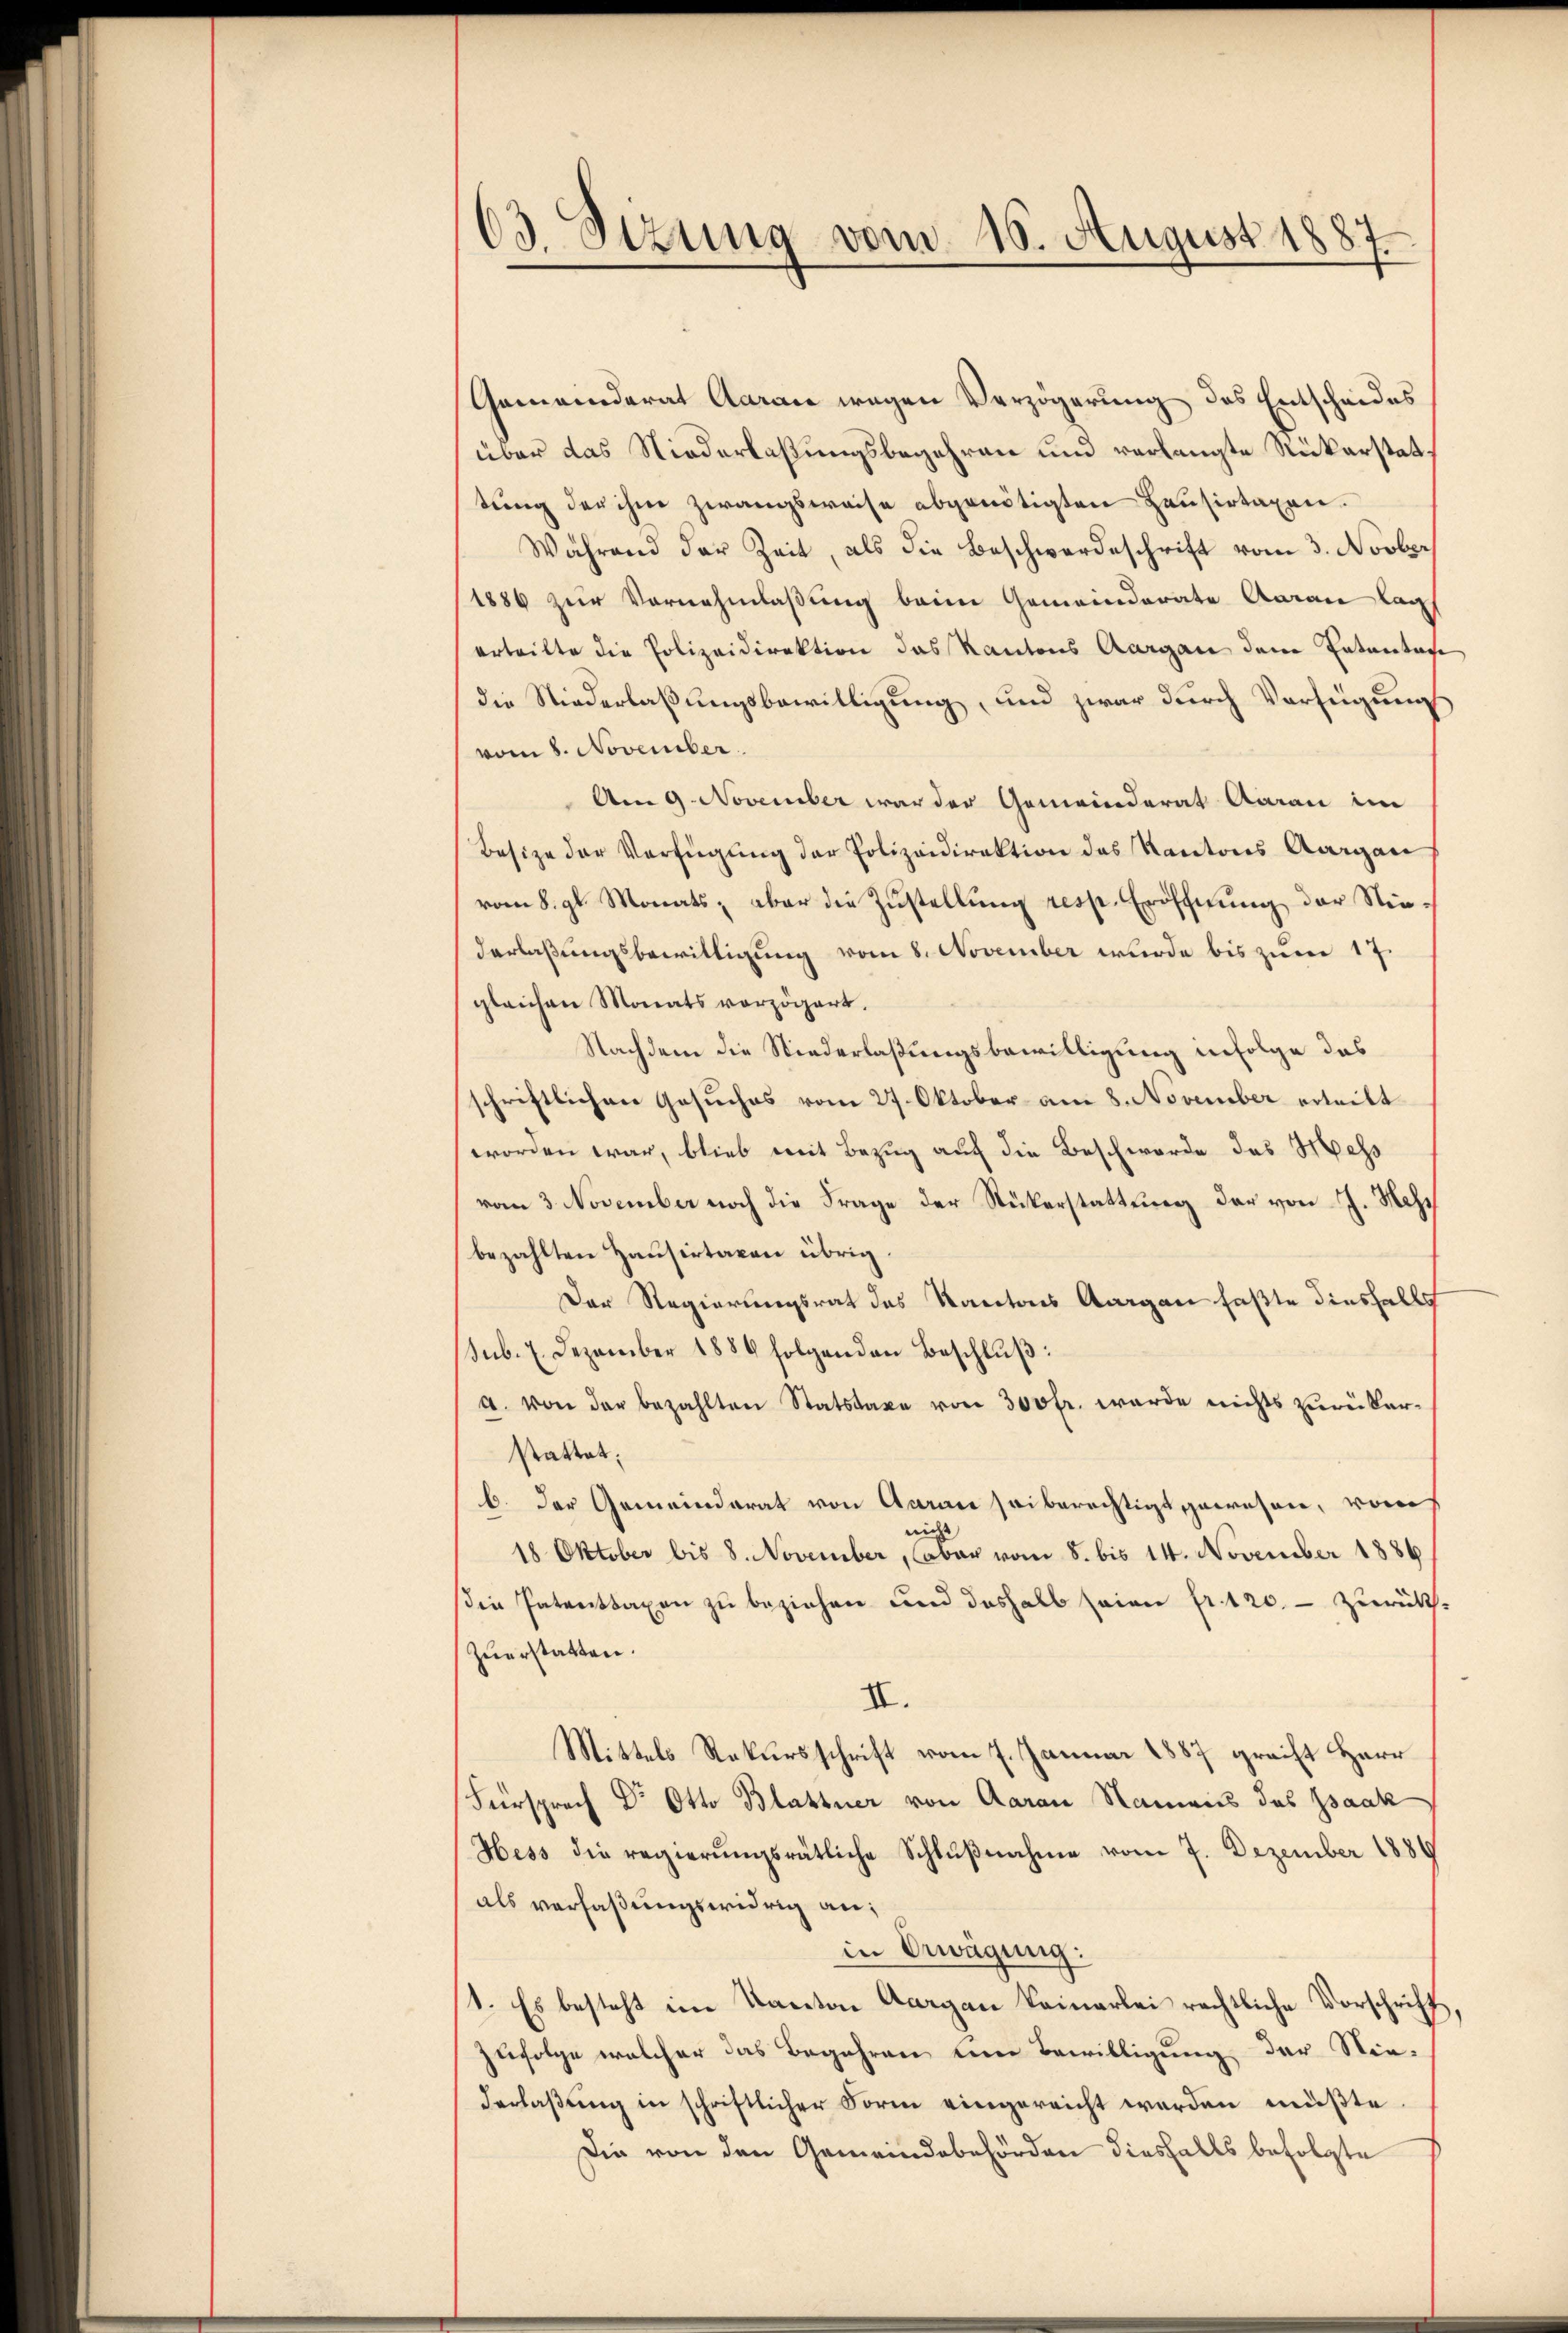
63. Sizung vom 16. August 1887

Gemeinderat Aaraus wegen Verzögerung des Entscheides
über das Niederlaßungsbegehren und verlangte Rükerstattung der ihm zwangsweise abgenötigten Hausirtaxen.
Während der Zeit, als die Beschwerdeschrift vom 3. Novber
1886 zur Vornehmlaßung beim Gemeinderate Garan lag
erteilte die Polizeidirektion das Kantons Aargau dem Entantone
die Niederlaßungsbewilligung, und zwar durch Verfügung
vom 8. November.
Am 9. November war der Gemeinderat Aarau im
Besize der Verfügŭng der Polizeidirektion des Kantons Aargau
vom 8. gl. Monats, aber die Zustellung resp. Eröffnung der Niederlaßungsbewilligung vom 8. November wurde bis zum 17.
gleichen Monats verzögert.
Nachdem die Niederlaßungsbewilligung infolge das
schriftlichen Gesuches vom 27. Oktober am 8. November erteilt
worden war, blieb mit Bezug auf die Beschwerde des Mess
vom 3. November noch die Frage der Rückerstattung der von J. Mehr
bezahlten Hausirtaxen übrig.
Der Regierungsrat des Kantons Aargau faßte diesfalls
sub. 2. Dezember 1886 folgenden Beschluß:
a. von der bezahlten Statstaxe von 300fr. werde nichts zurückerstattet;
b. Der Gemeinderat von Aarau sei berechtigt gewesen, vom
nicht
18. Oktober bis 8. November, (aber vom 8. bis 14. November 1886
die Patenttaxen zu beziehen und deshalb seien fr.12o. - zurück-
zuerstatten.
II.
Mittels Rekursschrift vom 7. Januar 1887 greift Herr
Fürsprech Dr Otto Blattner von Aarau Namens des Isaak
Hess die regierungsrätliche Schlußnahme vom 7. Dezember 1889
als verfaßungswidrig an;
in Erwägung:
1. Es besteht im Kanton Aargau keinerlei rechtliche Vorschrift,
zufolge welcher das Begehren um Bewilligung der Niederlaβŭng in schriftlicher Form eingereicht worden müßte.
Die von den Gemeindebehörden diesfalls befolgte